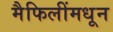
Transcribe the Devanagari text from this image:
मैफिलींमधून